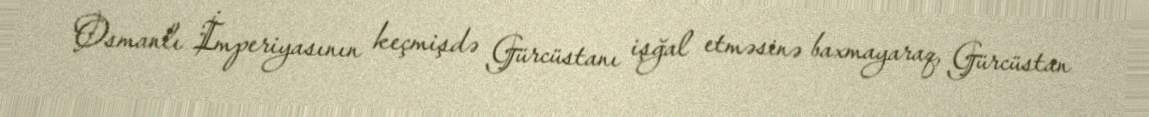
Osmanlı İmperiyasının keçmişdə Gürcüstanı işğal etməsinə baxmayaraq, Gürcüstan